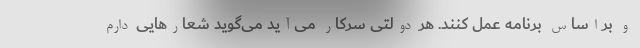
و براساس برنامه عمل کنند. هر دولتی سرکار می‌آید می‌گوید شعارهایی دارم